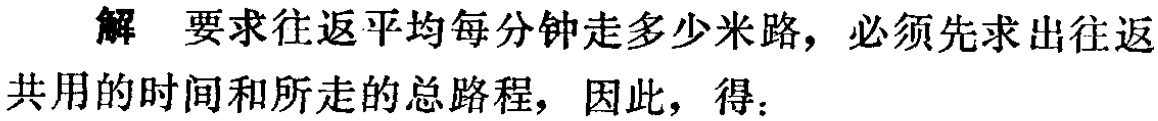
解 要求往返平均每分钟走多少米路，必须先求出往返共用的时间和所走的总路程，因此，得：